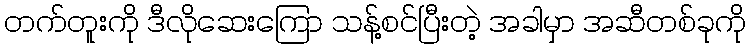
တက်တူးကို ဒီလိုဆေးကြော သန့်စင်ပြီးတဲ့ အခါမှာ အဆီတစ်ခုကို